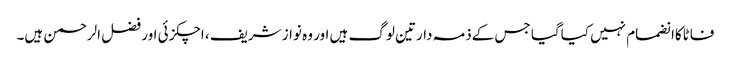
فاٹاکاانضمام نہیں کیاگیا جس کےذمہ دارتین لوگ ہیں اور وہ نواز شریف ، اچکزئی اور فضل الرحمن ہیں۔